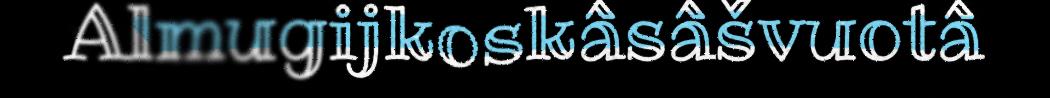
Almugijkoskâsâšvuotâ